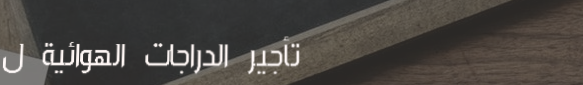
تأجير الدراجات الهوائية ل